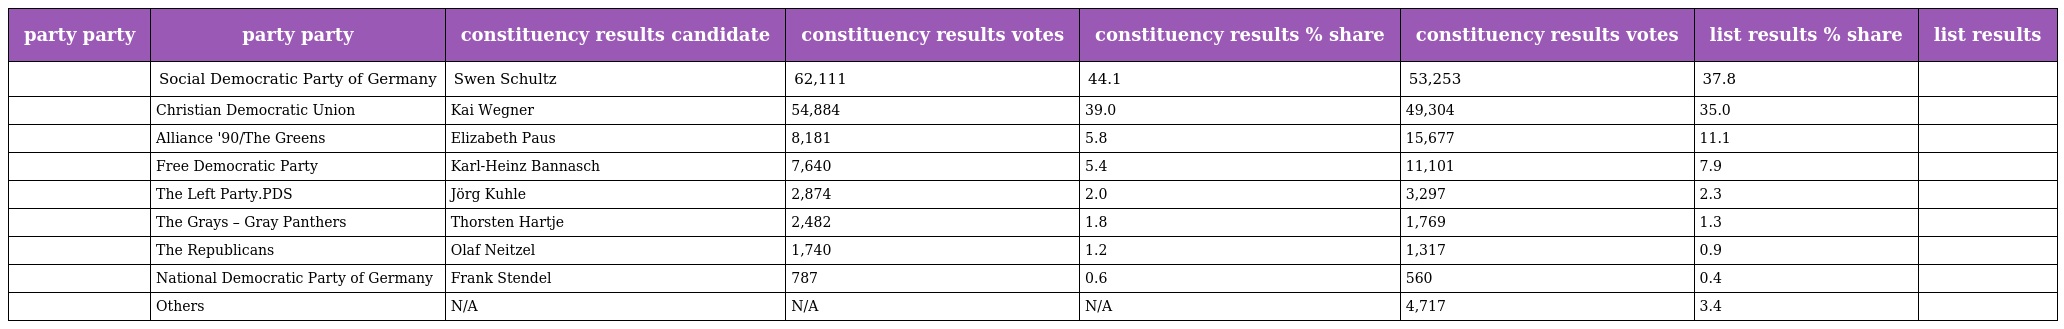
| party party | party party | constituency results candidate | constituency results votes | constituency results % share | constituency results votes | list results % share | list results |
 | --- | --- | --- | --- | --- | --- | --- | --- |
 |  | Social Democratic Party of Germany | Swen Schultz | 62,111 | 44.1 | 53,253 | 37.8 |  |
 |  | Christian Democratic Union | Kai Wegner | 54,884 | 39.0 | 49,304 | 35.0 |  |
 |  | Alliance '90/The Greens | Elizabeth Paus | 8,181 | 5.8 | 15,677 | 11.1 |  |
 |  | Free Democratic Party | Karl-Heinz Bannasch | 7,640 | 5.4 | 11,101 | 7.9 |  |
 |  | The Left Party.PDS | Jörg Kuhle | 2,874 | 2.0 | 3,297 | 2.3 |  |
 |  | The Grays – Gray Panthers | Thorsten Hartje | 2,482 | 1.8 | 1,769 | 1.3 |  |
 |  | The Republicans | Olaf Neitzel | 1,740 | 1.2 | 1,317 | 0.9 |  |
 |  | National Democratic Party of Germany | Frank Stendel | 787 | 0.6 | 560 | 0.4 |  |
 |  | Others | N/A | N/A | N/A | 4,717 | 3.4 |  |